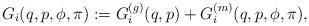
LaTeX: \begin{align*}G_i(q,p,\phi,\pi) := G_i^{(g)}(q,p)+G_i^{(m)}(q,p,\phi,\pi), \end{align*}